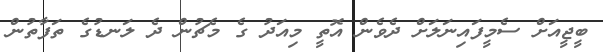
ބީޖީއަށް ސެމީފައިނަލަށް ދެވެން އޮތީ މިއަދު ގެ މެޗުން ދެ ލަނޑުގެ ތަފާތުން